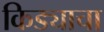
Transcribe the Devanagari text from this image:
किड्याचा